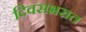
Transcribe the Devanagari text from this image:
दिवसभरात